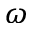
\omega